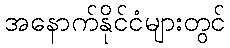
အနောက်နိုင်ငံများတွင်